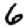
Digit: 6